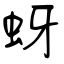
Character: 蚜